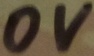
Text: 0V